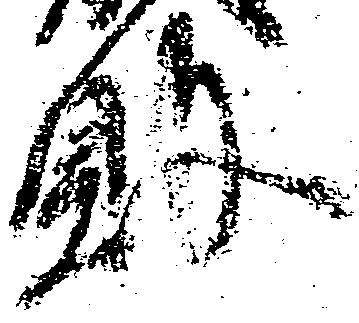
敗